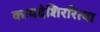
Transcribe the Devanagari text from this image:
कायदेशिररित्या